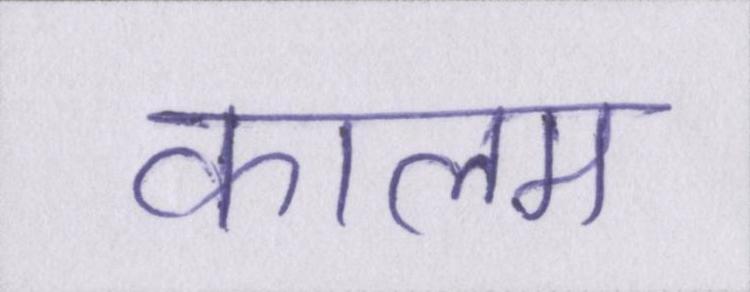
कालम